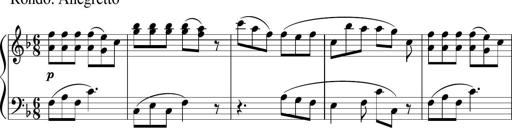
Title: 12 Keyboard Sonatinas
Composer: James Hook